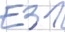
Text: E31